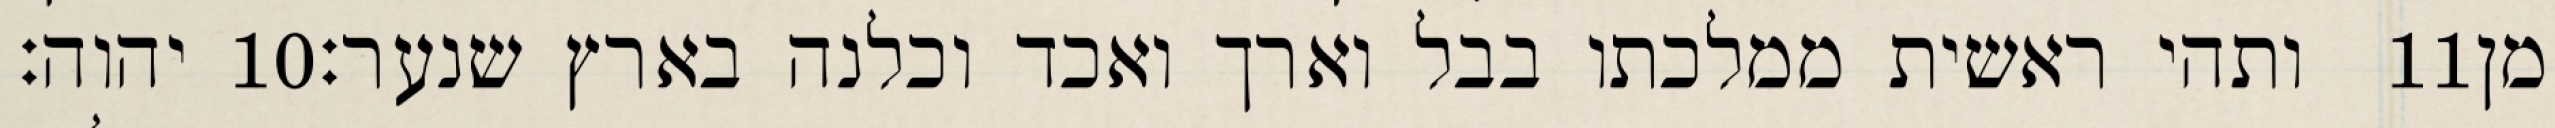
יהוה׃ ‎10‏ ותהי ראשית ממלכתו בבל וארך ואכד וכלנה בארץ שנער׃ ‎11‏ מן